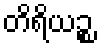
တိရိယဉ္စ